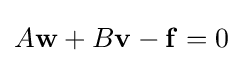
A\mathbf {w} +B\mathbf {v} -\mathbf {f} =0